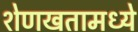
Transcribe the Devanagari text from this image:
शेणखतामध्ये